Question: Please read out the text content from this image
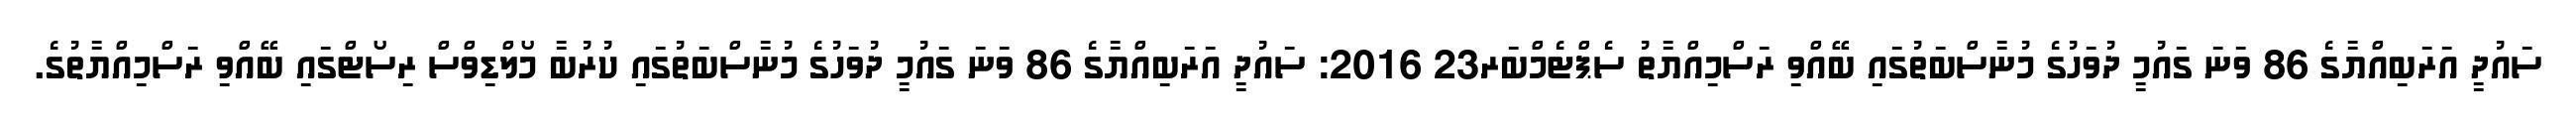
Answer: ސައުދީ އަރަބިއްޔާގެ 86 ވަނަ ގައުމީ ދުވަހުގެ މުނާސްބަތުގައި ބޭއްވި ރަސްމިއްޔާތު ސެޕްޓެމްބަރ23 2016: ސައުދީ އަރަބިއްޔާގެ 86 ވަނަ ގައުމީ ދުވަހުގެ މުނާސްބަތުގައި ކުރުބާ މޯލްޑިވްސް ރިސޯޓްގައި ބޭއްވި ރަސްމިއްޔާތުގެ.